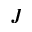
J